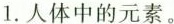
1.人体中的元素。